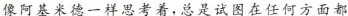
像阿基米德一样思考着，总是试图在任何方面都